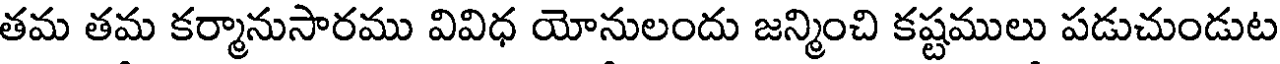
తమ తమ కర్మానుసారము వివిధ యోనులందు జన్మించి కష్టములు పడుచుండుట